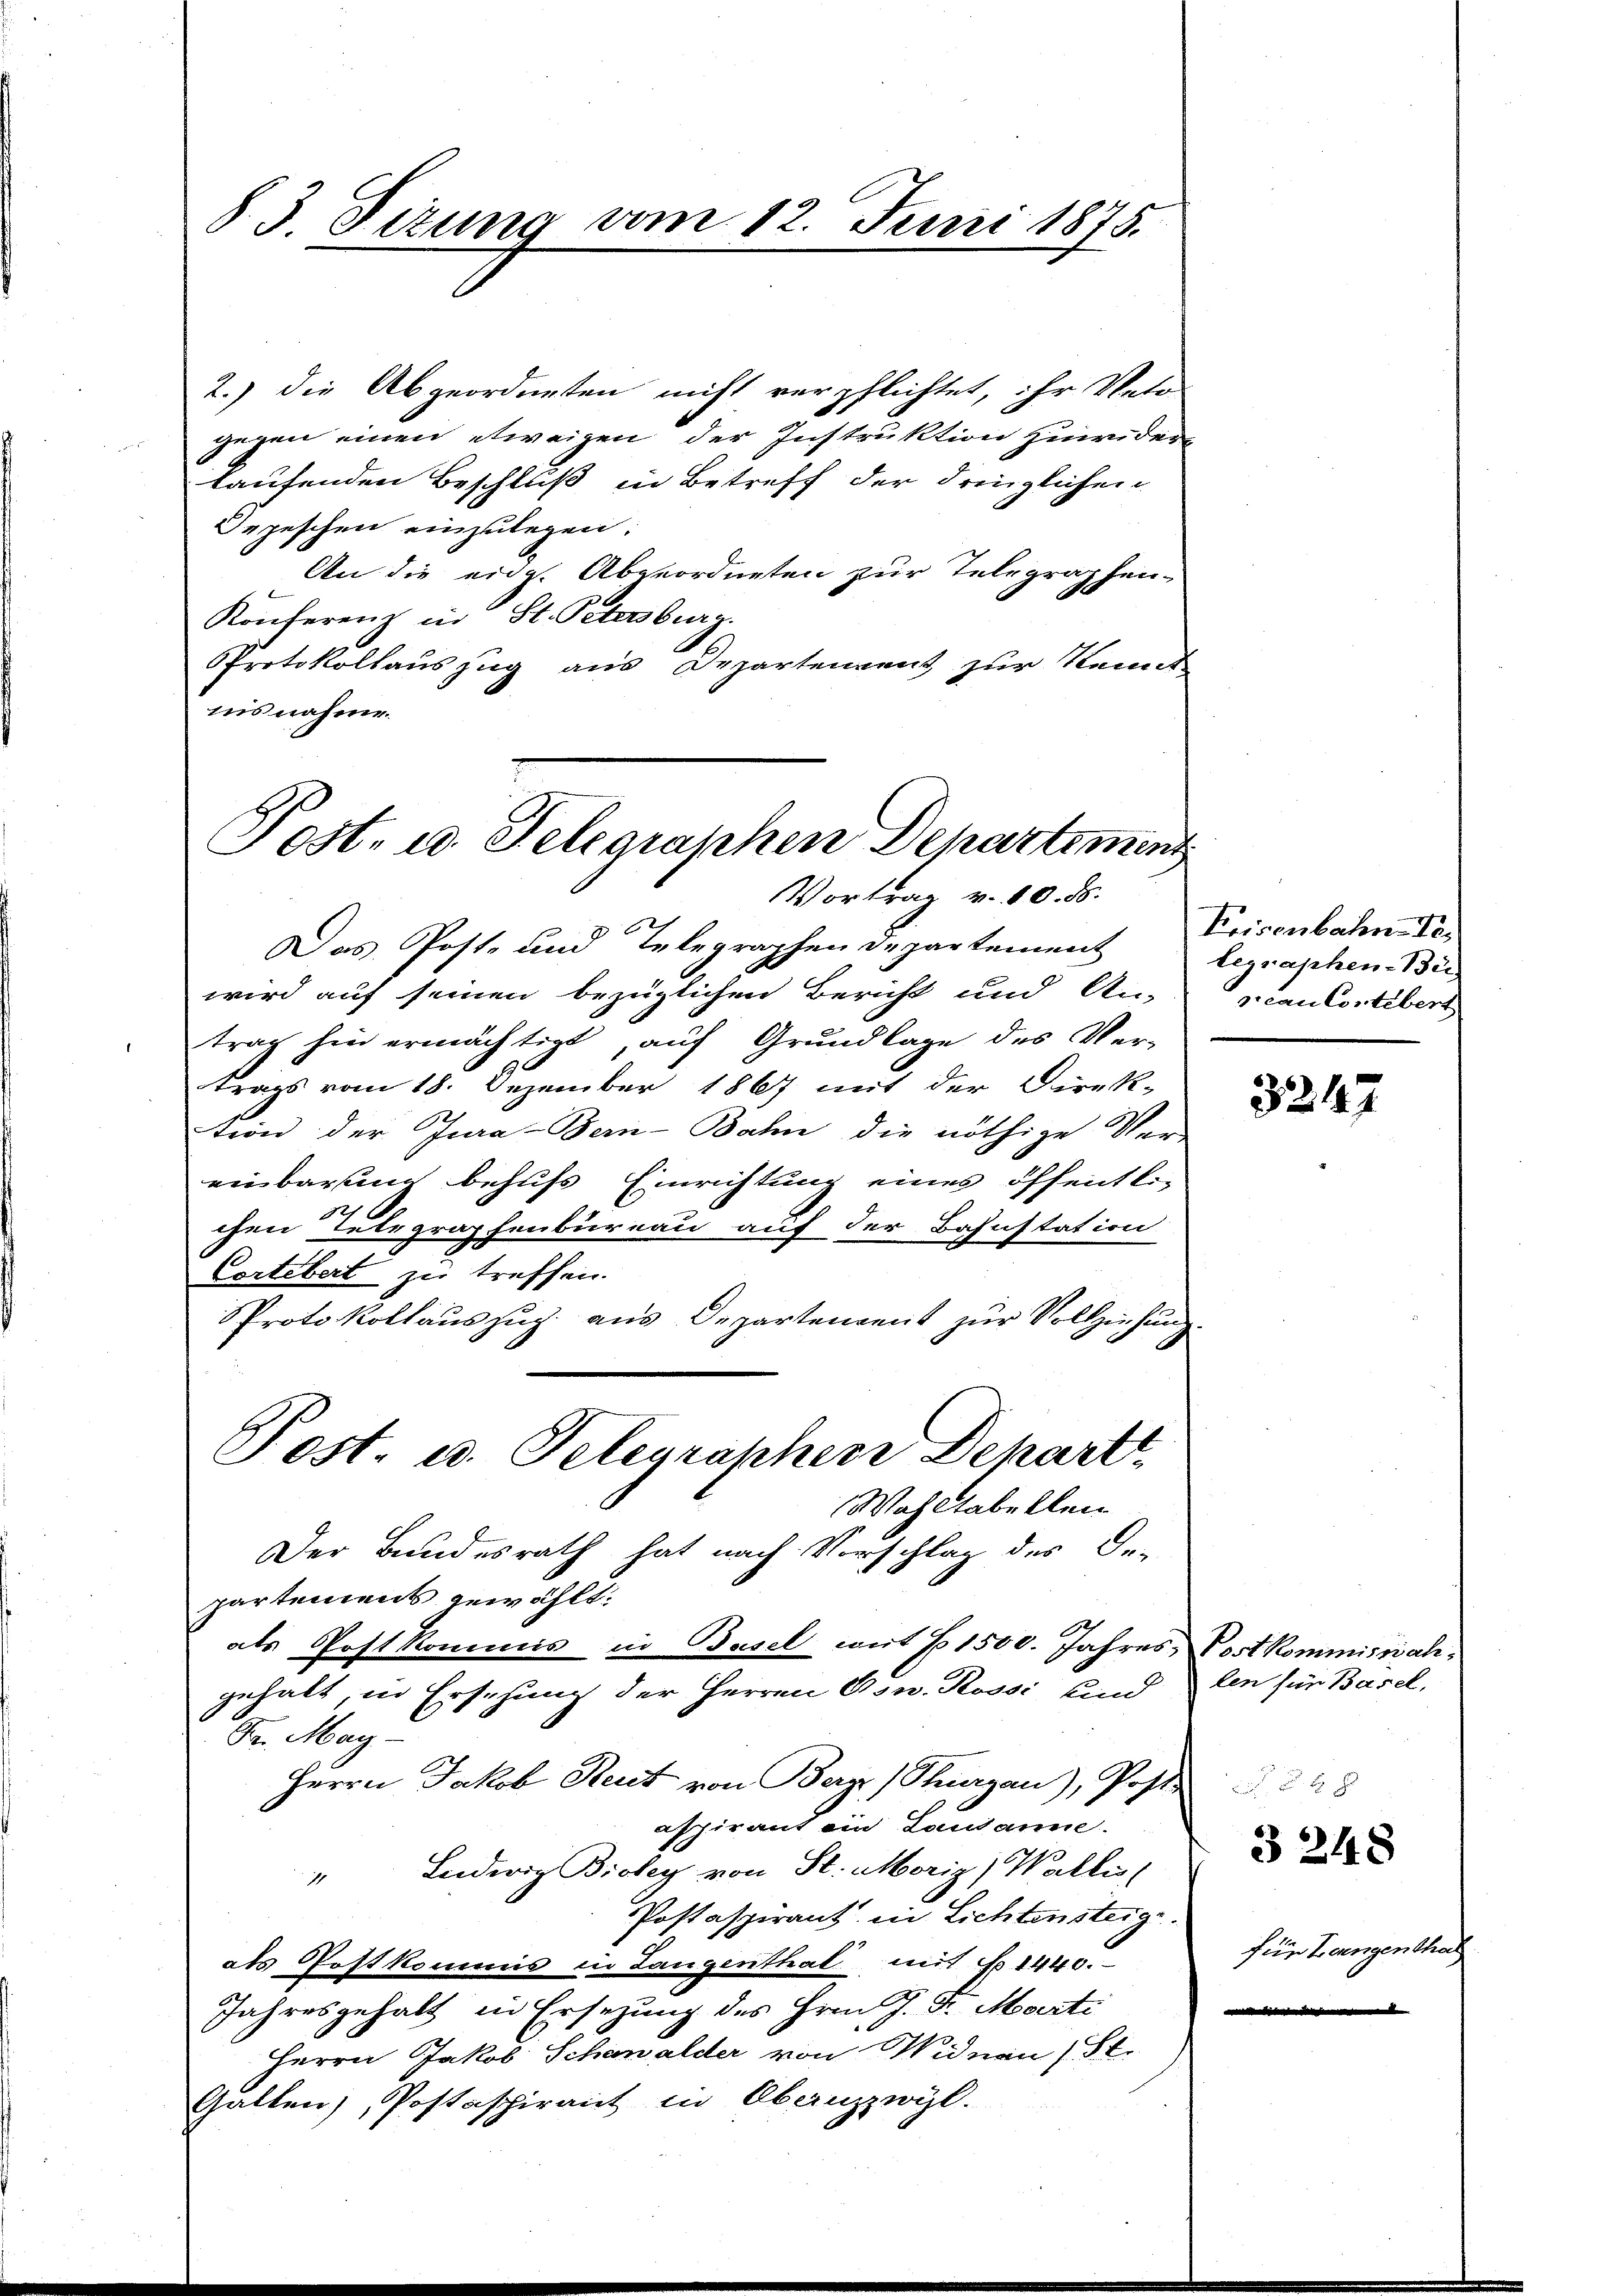
§. 3. Sizung vom 12. Juni 1875.

2.) die Abgeordneten nicht verpflichtet, ihr Veto
gegen einen etwaigen der Instruktion zuwider
kaufenden Beschluß in Betreff der dringlichen
Depeschen einzulegen:
An die eidg. Abgeordneten zur Telegraphen-
Konferenz in St. Petersburg.
Protokollauszug aus Departenvent zur Kennt
nisnahme.

Post- u. Telegraphen Departemen
Vortrag v. 10. ds.

Post. u. Telegrapherr Departe
Wahltabellen

Das Post- und Telegraphen Departement
wird auf seinen bezüglichen Bericht und An-
trag hin ermächtigt, auf Grundlage des Ver-
trags vom 18. Dezember 1867 mit der Direk-
tion der Jura-Bein-Bahn die nöthige Ver-
einbarung behufs Einrichtung eines öffentli-
chen Telegraphenbureau auf der Bahnstation
Cortebert zu treffen.
PProtokollauszug aus Departendent zur Vollziehung.
Der Bundesrath hat nach Vorschlag des De-
partement gewählt:
als Post kommis in Basel mit 1500. Jahres-Post kommiswalgehalt, in Ersehung der Herren Osw. Rossi und den für Basel,
Fr. May
Herrn Jakob Reut von Bergs (Purgau), Post-
aspirant ein Lausanne.
" Ludwig Bioley von St. Moriz) Wallis,
Postaspirant in Lichtensteig.
als Postkommis in Langenthal mit No 1440.
Jahresgehalt in Ersezung des Hrn. J. J. Marti
Herrn Jakob Schawalder von Widnau (St.
Gallen, Postaspirant in Abanzzwyl.

Frisenbahn. Te
legraphen-Bü
jean Contibert

3

32447

248

für Langentha